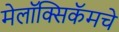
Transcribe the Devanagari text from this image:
मेलॉक्सिकॅमचे